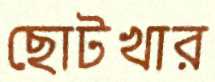
ছোটখার